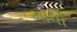
માધો